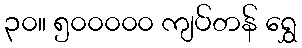
၃၀။ ၅၀၀၀၀၀ ကျပ်တန် ရွှေ